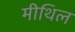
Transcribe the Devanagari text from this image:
मीथिल